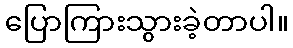
ပြောကြားသွားခဲ့တာပါ။